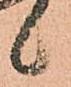
候